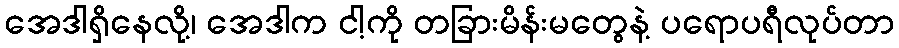
အေဒါရှိနေလို့၊ အေဒါက ငါ့ကို တခြားမိန်းမတွေနဲ့ ပရောပရီလုပ်တာ